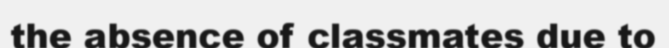
the absence of classmates due to